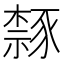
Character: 𫎉